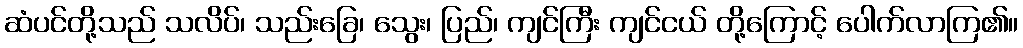
ဆံပင်တို့သည် သလိပ်၊ သည်းခြေ၊ သွေး၊ ပြည်၊ ကျင်ကြီး ကျင်ငယ် တို့ကြောင့် ပေါက်လာကြ၏။